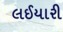
લઈયારી